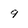
Character: 9